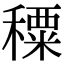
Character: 𥢕